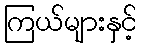
ကြယ်များနှင့်